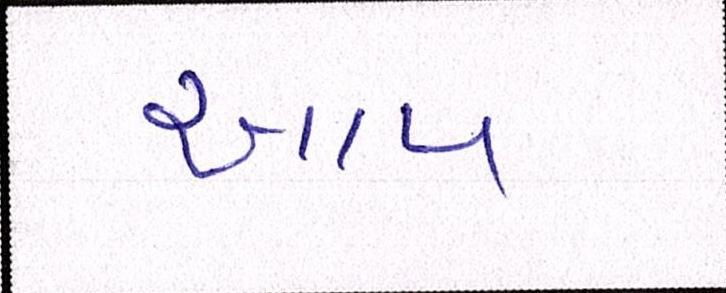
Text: આપ